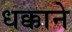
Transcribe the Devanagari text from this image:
धक्काने